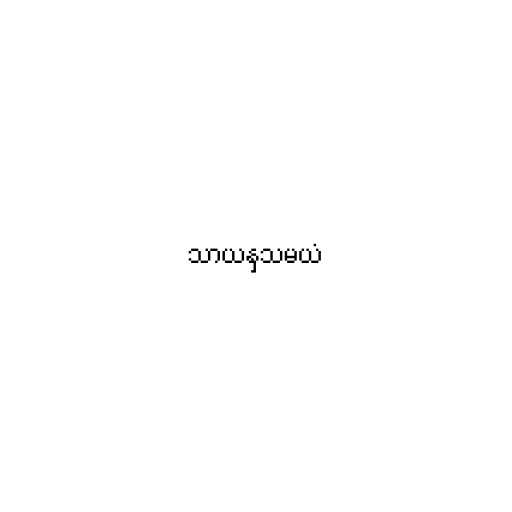
သာယနှသမယံ